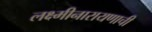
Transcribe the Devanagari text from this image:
लक्ष्मीनारायणाची